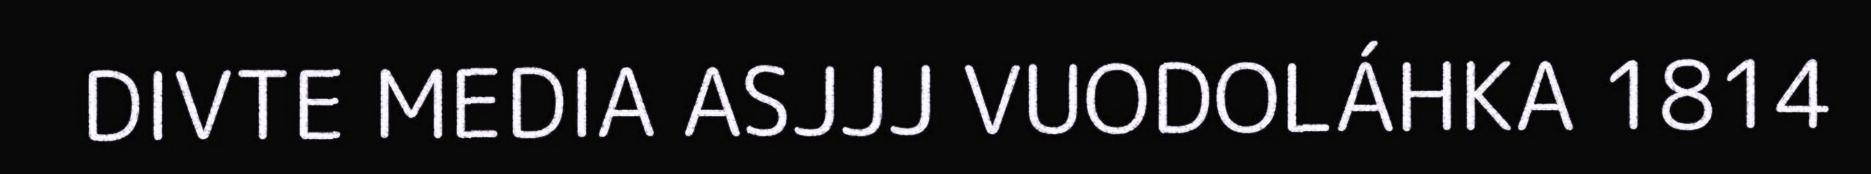
DIVTE MEDIA ASJJJ VUODOLÁHKA 1814